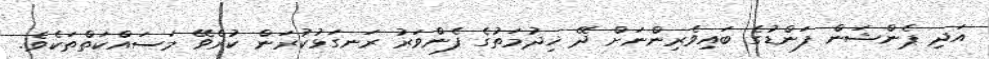
އަދި ޕެންޝަން ފަންޑުގެ ބައިވެރިންނަށް ދޭ ޚިދުމަތުގެ ފެންވަރު ރަނގަޅުކުރަން ކުރެވޭ މަސައްކަތްތަކެވެ.